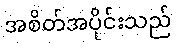
အစိတ်အပိုင်းသည်